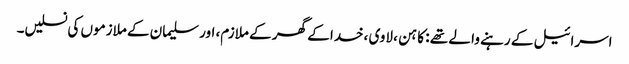
اسرائیل کے رہنے وا لے تھے : کا ہن ، لاوی ،خدا کے گھر کے ملازم، اور سلیمان کے ملازموں کی نسلیں۔